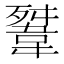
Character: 𩎳